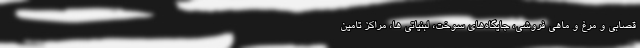
قصابی و مرغ و ماهی فروشی، جایگاه‌های سوخت، لبنیاتی ها، مراکز تامین